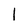
Character: 1